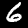
Label: 6